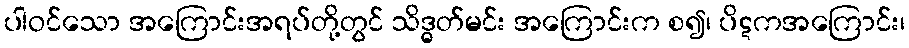
ပါဝင်သော အကြောင်းအရပ်တို့တွင် သိဒ္ဓတ်မင်း အကြောင်းက စ၍၊ ပိဋကအကြောင်း၊